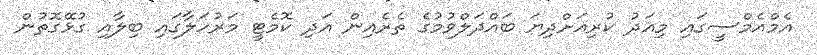
އެމްއެމްސީގައި މިއަދު ކުރިއަށްދިޔަ ބައްދަލްވުމުގެ ތެރެއިން އަދި ކޮމެޓީ މަރުހަލާގައި ބިލާއި ގުޅޭގޮތުން